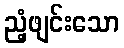
ညံ့ဖျင်းသော